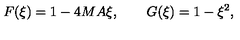
F ( \xi ) = 1 - 4 M A \xi , \qquad G ( \xi ) = 1 - \xi ^ { 2 } ,